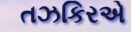
તઝકિરએ